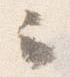
云